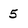
Character: 5